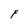
Character: P